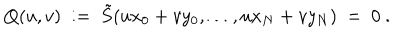
Q ( u , v ) \ : = \ \tilde { S } ( u x _ { 0 } + v y _ { 0 } , \ldots , u x _ { N } + v y _ { N } ) \ = \ 0 \ .